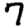
Digit: 7